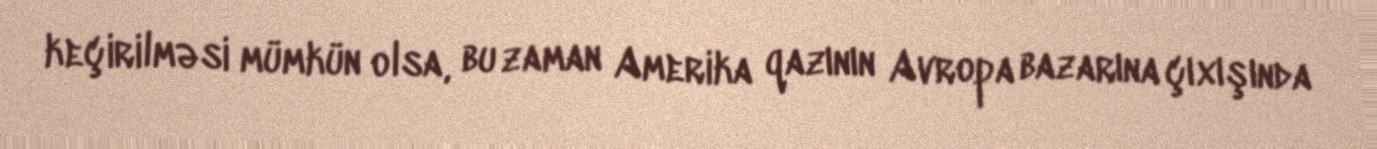
keçirilməsi mümkün olsa, bu zaman Amerika qazının Avropa bazarına çıxışında